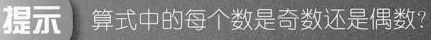
提示，算式中的每个数是奇数还是偶数?